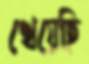
খেয়েছি